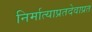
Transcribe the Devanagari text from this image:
निर्मात्याप्रतदेवाप्रत